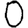
Digit: 0